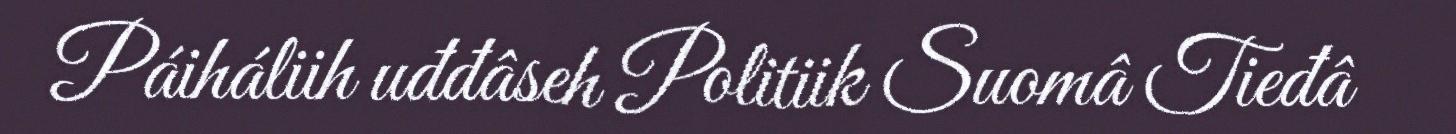
Páiháliih uđđâseh Politiik Suomâ Tieđâ